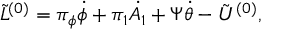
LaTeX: { \tilde { L } } ^ { ( 0 ) } = \pi _ { \phi } \dot { \phi } + \pi _ { 1 } \dot { A _ { 1 } } + \Psi \dot { \theta } - { \tilde { U } } ^ { ( 0 ) } ,